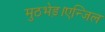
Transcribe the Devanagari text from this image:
मुठभेड़।एन्जिल